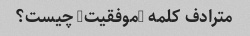
مترادف کلمه "موفقیت" چیست؟